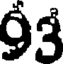
93